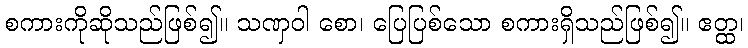
စကားကိုဆိုသည်ဖြစ်၍။ သဏှဝါ စော၊ ပြေပြစ်သော စကားရှိသည်ဖြစ်၍။ ဧတ္ထ၊